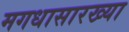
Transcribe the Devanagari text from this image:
मगधासारख्या